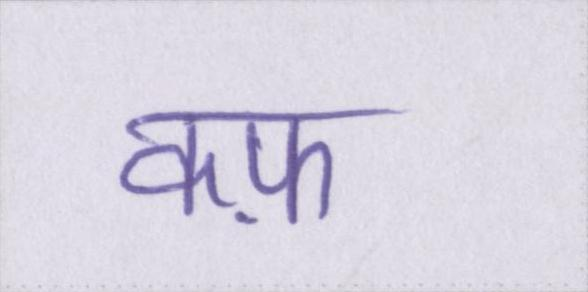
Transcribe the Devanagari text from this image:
कफ़